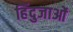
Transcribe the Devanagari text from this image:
हिंदुजाओं